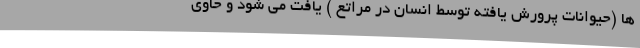
ها (حیوانات پرورش یافته توسط انسان در مراتع ) یافت می شود و حاوی